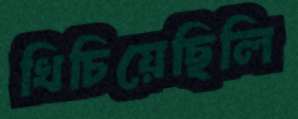
খিচিয়েছিলি